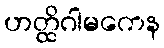
ဟတ္ထိဂါမကေန